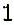
1